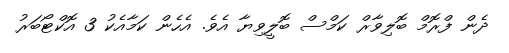
ދެން ފްރޮމް ބޮލިވާރް ކަމްސް ބޮލީވިޔާ އެވެ. އެހެން ކަމާއެކު 3 އޮކްޓޯބަރު